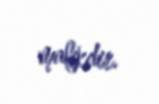
malikdir.